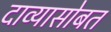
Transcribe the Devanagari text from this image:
दाव्यासोबत